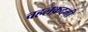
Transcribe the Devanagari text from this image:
चहलक़दमी